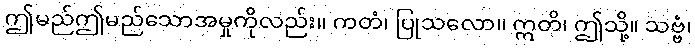
ဤမည်ဤမည်သောအမှုကိုလည်း။ ကတံ၊ ပြုသလော။ ဣတိ၊ ဤသို့။ သဗ္ဗံ၊